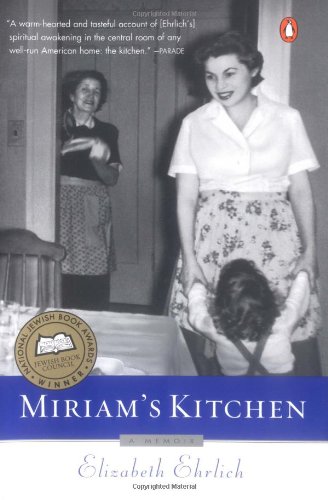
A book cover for Miriam's Kitchen: A Memoir; Elizabeth Ehrlich; Cookbooks, Food & Wine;